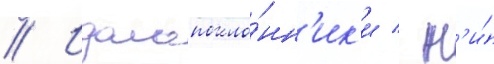
// Идолопокло́нн'ик'и / н'и́